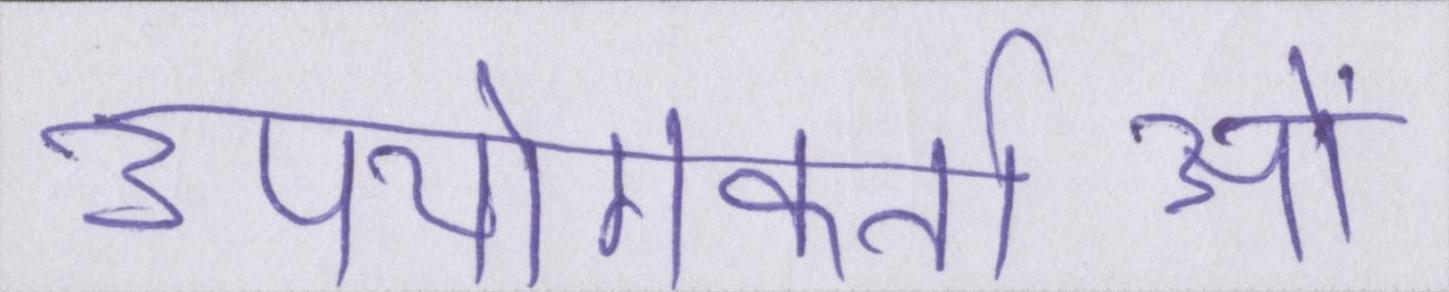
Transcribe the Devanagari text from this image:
उपयोगकर्ताओं